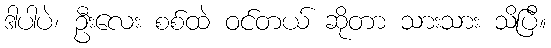
ဒါပါပဲ၊ ဦးလေး စစ်ထဲ ဝင်တယ် ဆိုတာ သားသား သိပြီ။